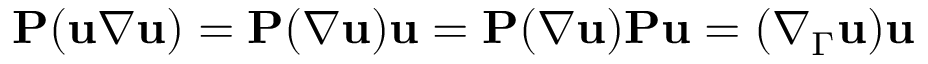
\mathbf P ( \mathbf u \nabla \mathbf u ) = \mathbf P ( \nabla \mathbf u ) \mathbf u = \mathbf P ( \nabla \mathbf u ) \mathbf P \mathbf u = ( \nabla _ { \Gamma } \mathbf u ) \mathbf u